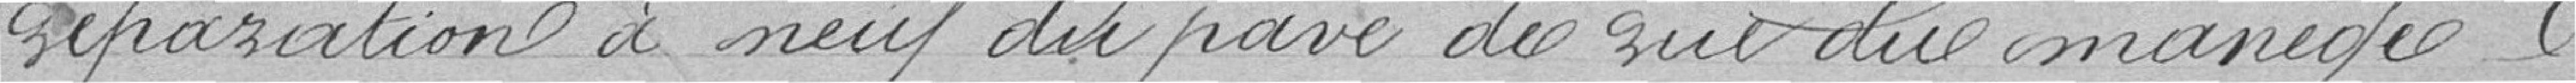
réparation à neuf du pavé de rue du manège,